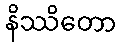
နိဿိတော